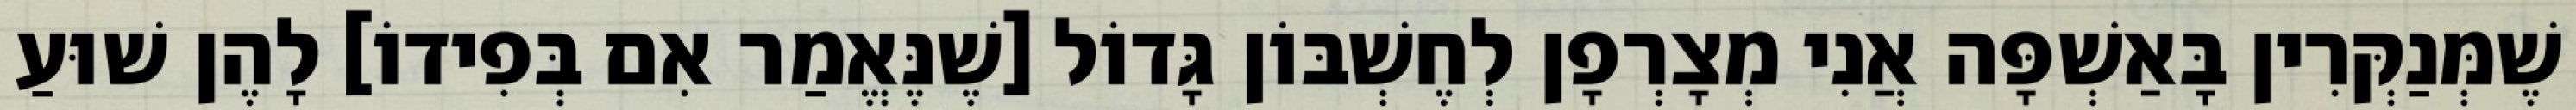
שֶׁמְּנַקְּרִין בָּאַשְׁפָּה אֲנִי מְצָרְפָן לְחֶשְׁבּוֹן גָּדוֹל [שֶׁנֶּאֱמַר אִם בְּפִידוֹ] לָהֶן שׁוּעַ